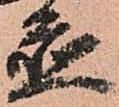
置